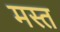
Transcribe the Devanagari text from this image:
मस्‍त